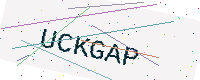
Text: UCKGAP